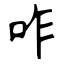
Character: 咋